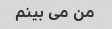
من می بینم